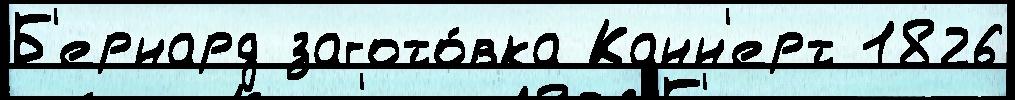
Б'ернард загото́вка Канн'ерт 1826